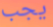
يجب